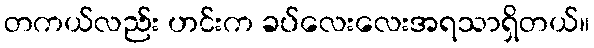
တကယ်လည်း ဟင်းက ခပ်လေးလေးအရသာရှိတယ်။